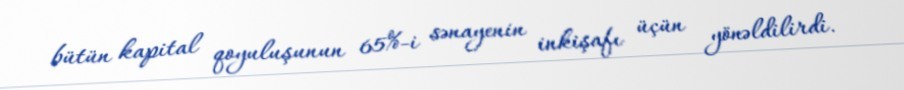
bütün kapital qoyuluşunun 65%-i sənayenin inkişafı üçün yönəldilirdi.